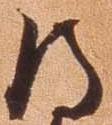
得